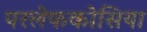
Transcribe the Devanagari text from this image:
परलेफकोसिया